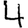
Digit: 4